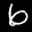
Label: 6